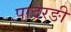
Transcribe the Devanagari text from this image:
पादरङी